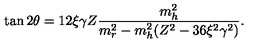
\tan 2 \theta = 1 2 \xi \gamma Z \frac { m _ { h } ^ { 2 } } { m _ { r } ^ { 2 } - m _ { h } ^ { 2 } ( Z ^ { 2 } - 3 6 \xi ^ { 2 } \gamma ^ { 2 } ) } .